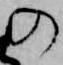
の